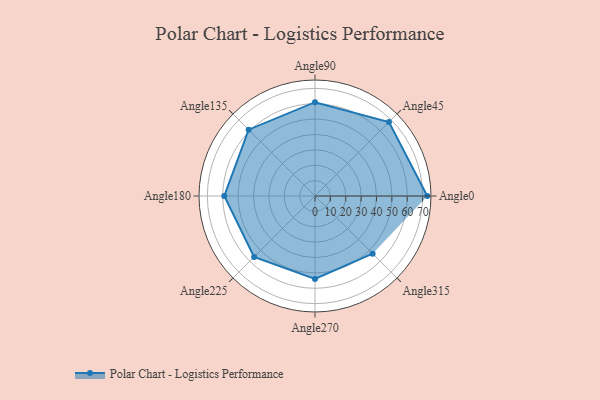
{"axis": {"x": "Angle", "y": "Radius"}, "legend": [""], "data": [{"x": "Angle0", "y": 73.0, "type": ""}, {"x": "Angle45", "y": 68.0, "type": ""}, {"x": "Angle90", "y": 61.0, "type": ""}, {"x": "Angle135", "y": 61.0, "type": ""}, {"x": "Angle180", "y": 59.0, "type": ""}, {"x": "Angle225", "y": 56.0, "type": ""}, {"x": "Angle270", "y": 54.0, "type": ""}, {"x": "Angle315", "y": 53.0, "type": ""}]}